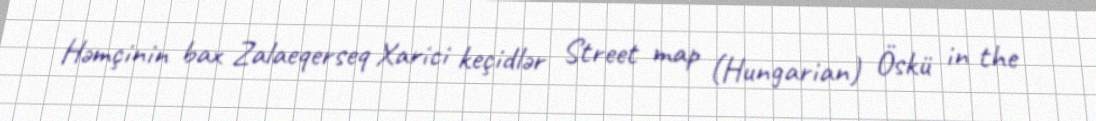
Həmçinin bax Zalaeqerseq Xarici keçidlər Street map (Hungarian) Öskü in the